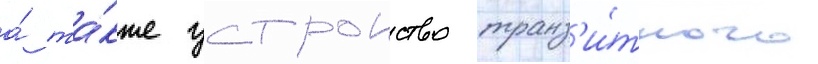
а́ та́кже устроиство транз'и́тного